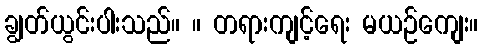
ချွတ်ယွင်းပါးသည်။ ။ တရားကျင့်ရေး မယဉ်ကျေး။